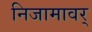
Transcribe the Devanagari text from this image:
निजामावर्